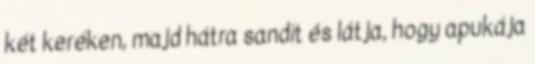
két keréken, majd hátra sandít és látja, hogy apukája